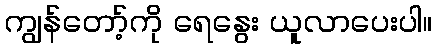
ကျွန်တော့်ကို ရေနွေး ယူလာပေးပါ။